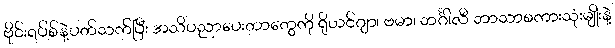
ဗိုင်းရပ်စ်နဲ့ပတ်သက်ပြီး အသိပညာပေးတာတွေကို ရိုဟင်ဂျာ၊ ဗမာ၊ ဘင်္ဂါလီ ဘာသာစကားသုံးမျိုးနဲ့